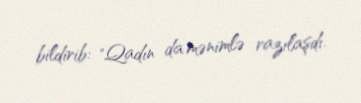
bildirib: "Qadın da mənimlə razılaşdı.